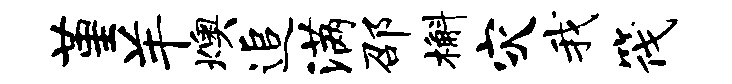
堇羊燠追满邵槲灾我筏